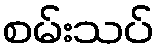
စမ်းသပ်